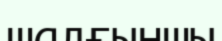
шалғыншы